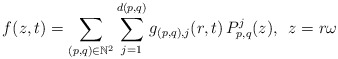
\begin{align*} f(z,t) = \sum_{(p,q) \in \mathbb{N}^2} \sum_{j=1}^{d(p,q)}g_{(p,q),j}(r,t)\, P_{p,q}^j(z),\,\,\, z = r\omega \end{align*}